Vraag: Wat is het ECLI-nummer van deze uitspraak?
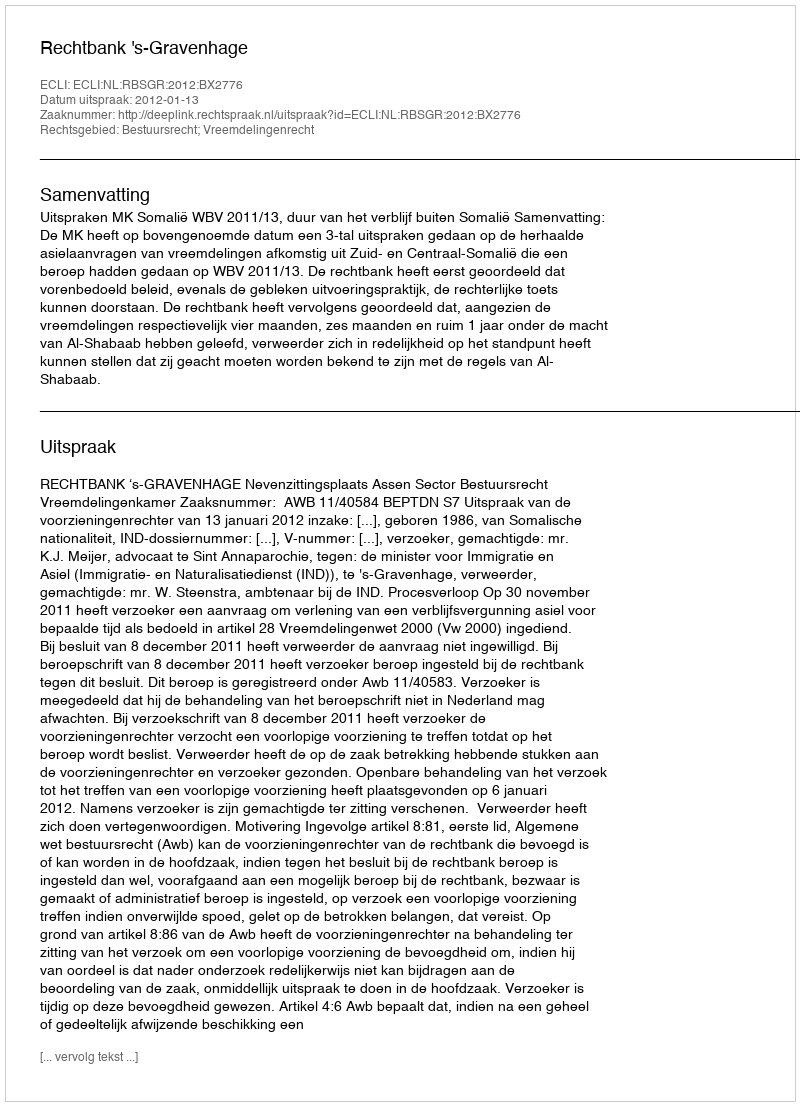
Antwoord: ECLI:NL:RBSGR:2012:BX2776